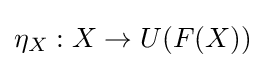
\eta _{X}:X\to U(F(X))\,\!